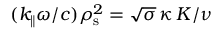
( k _ { \| } \omega / c ) \rho _ { \mathrm { s } } ^ { 2 } = \sqrt { \sigma } \, \kappa \, K / \nu